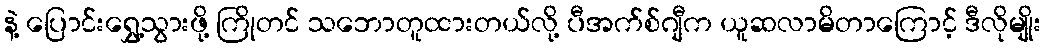
နဲ့ ပြောင်းရွှေ့သွားဖို့ ကြိုတင် သဘောတူထားတယ်လို့ ပီအက်စ်ဂျီက ယူဆလာမိတာကြောင့် ဒီလိုမျိုး